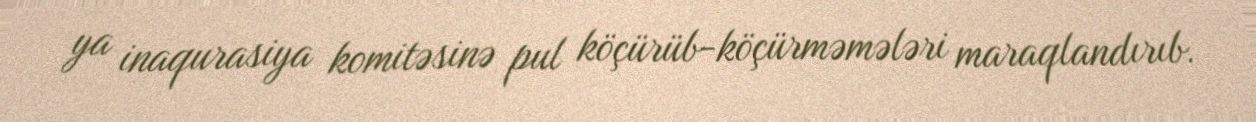
ya inaqurasiya komitəsinə pul köçürüb-köçürməmələri maraqlandırıb.